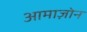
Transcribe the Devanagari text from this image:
आमाज़ोन